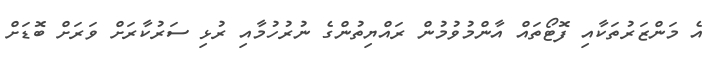
އެ މަންޒަރުތަކާއި ފޮޓޯތައް އާންމުވުމުން ރައްޔިތުންގެ ނުރުހުމާއި ރުޅި ސަރުކާރަށް ވަރަށް ބޮޑަށް